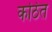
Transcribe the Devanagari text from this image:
कठित